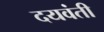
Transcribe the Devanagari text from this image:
दयवंती